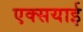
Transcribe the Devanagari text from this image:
एक्सयाई